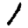
Digit: 1